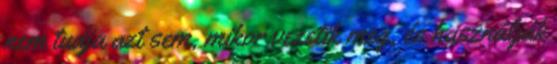
nem tudja azt sem, mikor vezetik meg, és használják